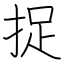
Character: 捉